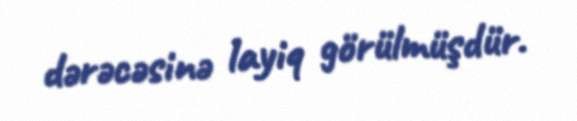
dərəcəsinə layiq görülmüşdür.